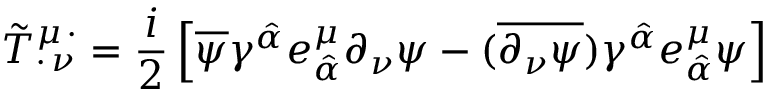
\tilde { T } _ { \cdot \, \nu } ^ { \mu \, \cdot } = \frac { i } { 2 } \left[ \overline { { { \psi } } } \gamma ^ { \hat { \alpha } } e _ { \hat { \alpha } } ^ { \mu } \partial _ { \nu } \psi - ( \overline { { { \partial _ { \nu } \psi } } } ) \gamma ^ { \hat { \alpha } } e _ { \hat { \alpha } } ^ { \mu } \psi \right]